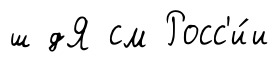
ш дЯ см Росс'и́и